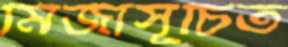
মির্জাসূচিত